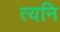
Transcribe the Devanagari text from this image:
त्यनि